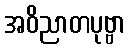
အဝိညာတပုဗ္ဗာ